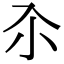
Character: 𡭗